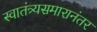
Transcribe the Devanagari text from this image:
स्वातंत्र्यसमारानंतर